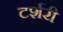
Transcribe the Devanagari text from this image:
टर्शरी